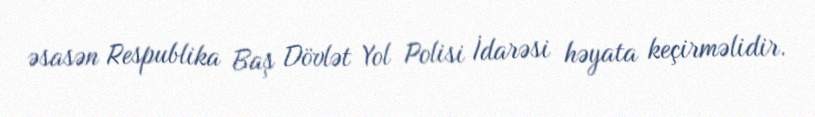
əsasən Respublika Baş Dövlət Yol Polisi İdarəsi həyata keçirməlidir.